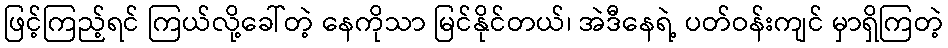
ဖြင့်ကြည့်ရင် ကြယ်လို့ခေါ်တဲ့ နေကိုသာ မြင်နိုင်တယ်၊ အဲဒီနေရဲ့ ပတ်ဝန်းကျင် မှာရှိကြတဲ့